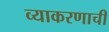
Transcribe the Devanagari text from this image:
व्याकरणाचीं